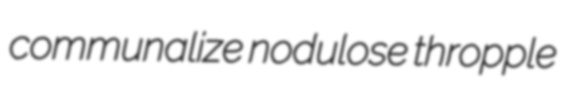
communalize nodulose thropple